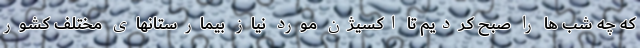
که چه شب ها را صبح کردیم تا اکسیژن مورد نیاز بیمارستانهای مختلف کشور